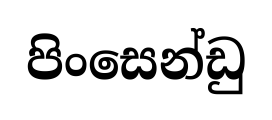
පිංසෙන්ඩු